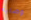
وصاية